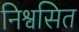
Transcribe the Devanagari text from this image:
निश्वसित